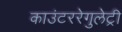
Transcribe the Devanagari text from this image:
काउंटररेगुलेट्री